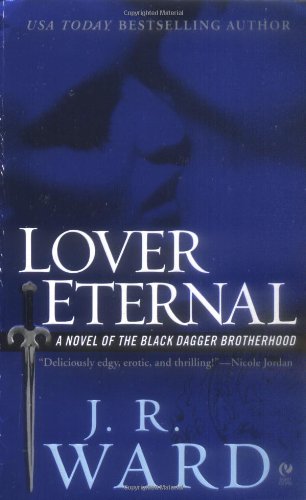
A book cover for Lover Eternal (Black Dagger Brotherhood, Book 2); J.R. Ward; Romance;